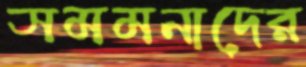
সমমনাদের